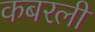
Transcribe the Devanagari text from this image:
कबरली